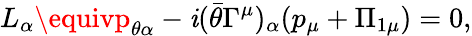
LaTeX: L_{\alpha}\equivp_{\theta\alpha}-\mathit{i}(\bar{{\theta}}\Gamma^{\mu})_{\alpha}(p_{\mu}+\Pi_{1\mu})=0,